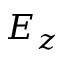
E _ { z }